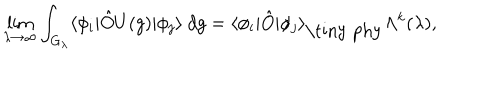
LaTeX: \lim _ { \lambda \rightarrow \infty } \int _ { G _ { \lambda } } \langle \phi _ { i } | \hat { O } U ( g ) | \phi _ { j } \rangle \ d g = \langle \phi _ { i } | \hat { O } | \phi _ { j } \rangle _ { \mathrm { \tiny ~ p h y } } \Lambda ^ { k } ( \lambda ) ,